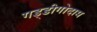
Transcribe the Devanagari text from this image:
गड्डीगोदाम